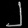
Digit: ၂